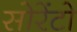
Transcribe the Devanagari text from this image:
सोरेंटो